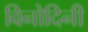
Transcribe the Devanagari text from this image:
विनोदिनी